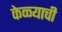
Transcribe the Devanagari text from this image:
केळ्याची